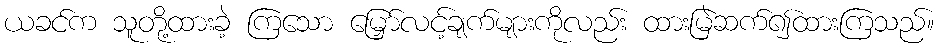
ယခင်က သူတို့ထားခဲ့ ကြသော မြှော်လင့်ချက်များကိုလည်း ထားမြဲဆက်၍ထားကြသည်။